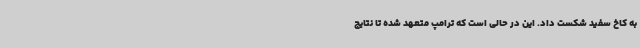
به کاخ سفید شکست داد. این در حالی است که ترامپ متعهد شده تا نتایج